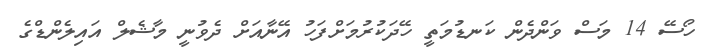
ހޯސޭ 14 މަސް ވަންދެން ކަނޑުމަތީ ހޭދަކުރުމަށްފަހު އޭނާއަށް ދެވުނީ މާޝެލް އައިލެންޑްގެ